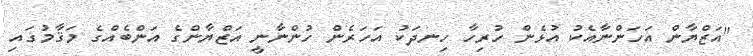
''އަޒްޔާން އަހަންނާއެކު އުޅެން ހުރިހާ ހިނދަކު އަހަރެން ހުންނާނީ އަޒްޔާންގެ އަންބެއްގެ މަޤާމުގައި